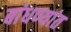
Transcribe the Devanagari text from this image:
बांधण्यांत